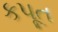
કપૂત